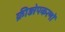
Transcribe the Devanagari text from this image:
क्रीड़ोपकरणों